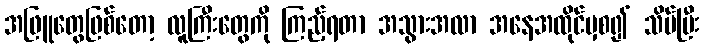
အဖြူတွေဖြစ်တော့ လူကြီးတွေကို ကြည့်ရတာ အသွားအလာ အနေအထိုင်မှစ၍ သိပ်ပြီး